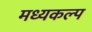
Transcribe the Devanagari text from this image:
मध्यकल्प